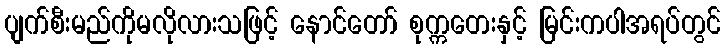
ပျက်စီးမည်ကိုမလိုလားသဖြင့် နောင်တော် စုက္ကတေးနှင့် မြင်းကပါအရပ်တွင်